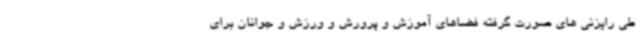
طی رایزنی های صورت گرفته فضاهای آموزش و پرورش و ورزش و جوانان برای